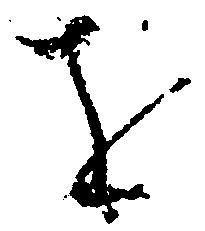
を